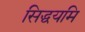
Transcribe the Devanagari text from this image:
सिद्धयमि